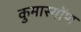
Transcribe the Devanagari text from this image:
कुमास्योंण